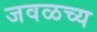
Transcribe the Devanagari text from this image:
जवळच्य